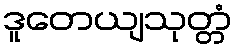
ဒူတေယျသုတ္တံ